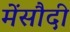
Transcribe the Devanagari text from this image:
मेंसौदी